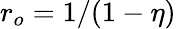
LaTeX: r_{o}=1/(1-\eta)